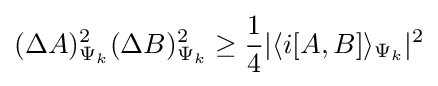
(\Delta A)_{\Psi _{k}}^{2}(\Delta B)_{\Psi _{k}}^{2}\geq {\frac {1}{4}}|\langle i[A,B]\rangle _{\Psi _{k}}|^{2}